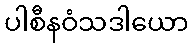
ပါစီနဝံသဒါယော